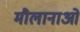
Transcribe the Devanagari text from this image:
मौलानाओ